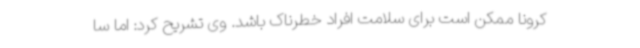
کرونا ممکن است برای سلامت افراد خطرناک باشد. وی تشریح کرد: اما سا